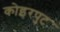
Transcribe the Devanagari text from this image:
कोइरपुट